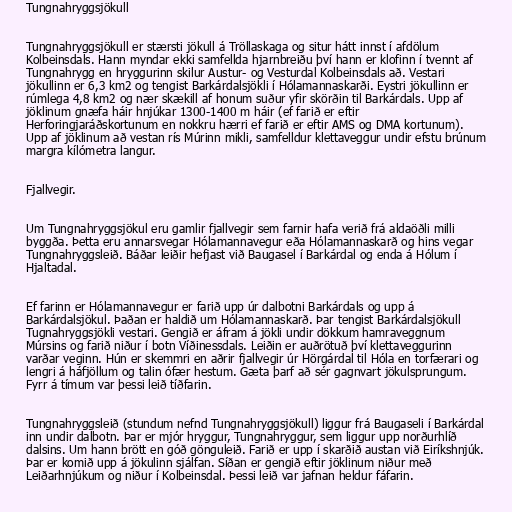
Tungnahryggsjökull

Tungnahryggsjökull er stærsti jökull á Tröllaskaga og situr hátt innst í afdölum
Kolbeinsdals. Hann myndar ekki samfellda hjarnbreiðu því hann er klofinn í tvennt af
Tungnahrygg en hryggurinn skilur Austur- og Vesturdal Kolbeinsdals að. Vestari
jökullinn er 6,3 km2 og tengist Barkárdalsjökli í Hólamannaskarði. Eystri jökullinn er
rúmlega 4,8 km2 og nær skækill af honum suður yfir skörðin til Barkárdals. Upp af
jöklinum gnæfa háir hnjúkar 1300-1400 m háir (ef farið er eftir
Herforingjaráðskortunum en nokkru hærri ef farið er eftir AMS og DMA kortunum).
Upp af jöklinum að vestan rís Múrinn mikli, samfelldur klettaveggur undir efstu brúnum
margra kílómetra langur.

Fjallvegir.

Um Tungnahryggsjökul eru gamlir fjallvegir sem farnir hafa verið frá aldaöðli milli
byggða. Þetta eru annarsvegar Hólamannavegur eða Hólamannaskarð og hins vegar
Tungnahryggsleið. Báðar leiðir hefjast við Baugasel í Barkárdal og enda á Hólum í
Hjaltadal.

Ef farinn er Hólamannavegur er farið upp úr dalbotni Barkárdals og upp á
Barkárdalsjökul. Þaðan er haldið um Hólamannaskarð. Þar tengist Barkárdalsjökull
Tugnahryggsjökli vestari. Gengið er áfram á jökli undir dökkum hamraveggnum
Múrsins og farið niður í botn Víðinessdals. Leiðin er auðrötuð því klettaveggurinn
varðar veginn. Hún er skemmri en aðrir fjallvegir úr Hörgárdal til Hóla en torfærari og
lengri á háfjöllum og talin ófær hestum. Gæta þarf að sér gagnvart jökulsprungum.
Fyrr á tímum var þessi leið tíðfarin.

Tungnahryggsleið (stundum nefnd Tungnahryggsjökull) liggur frá Baugaseli í Barkárdal
inn undir dalbotn. Þar er mjór hryggur, Tungnahryggur, sem liggur upp norðurhlíð
dalsins. Um hann brött en góð gönguleið. Farið er upp í skarðið austan við Eiríkshnjúk.
Þar er komið upp á jökulinn sjálfan. Síðan er gengið eftir jöklinum niður með
Leiðarhnjúkum og niður í Kolbeinsdal. Þessi leið var jafnan heldur fáfarin.